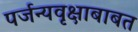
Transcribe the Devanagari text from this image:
पर्जन्यवृक्षाबाबत